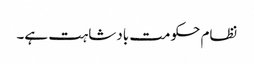
نظام حکومت بادشاہت ہے۔